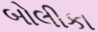
બોલીકા